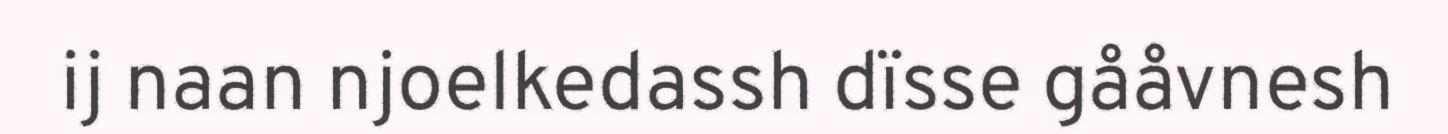
ij naan njoelkedassh dïsse gååvnesh